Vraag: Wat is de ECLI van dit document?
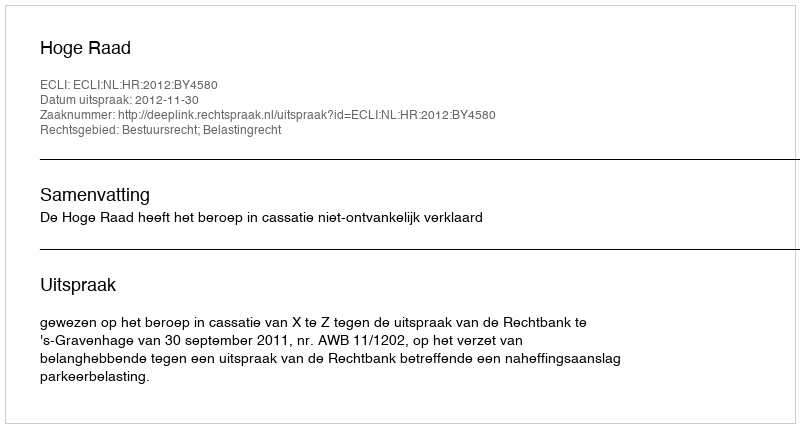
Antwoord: ECLI:NL:HR:2012:BY4580